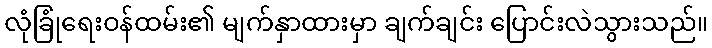
လုံခြုံရေးဝန်ထမ်း၏ မျက်နှာထားမှာ ချက်ချင်း ပြောင်းလဲသွားသည်။